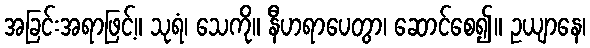
အခြင်းအရာဖြင့်။ သုရံ၊ သေကို။ နီဟရာပေတွာ၊ ဆောင်စေ၍။ ဥယျာနေ၊